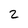
Character: 2